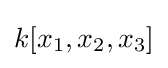
k[x_{1},x_{2},x_{3}]